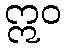
ဣဝ